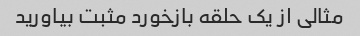
مثالی از یک حلقه بازخورد مثبت بیاورید